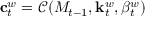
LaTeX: \mathbf { c } _ { t } ^ { w } = { \mathcal { C } } ( M _ { t - 1 } , \mathbf { k } _ { t } ^ { w } , \beta _ { t } ^ { w } )